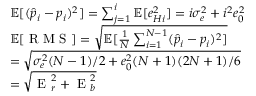
\begin{array} { r l } & { \mathbb { E } [ ( \hat { p } _ { i } - p _ { i } ) ^ { 2 } ] = \sum _ { j = 1 } ^ { i } \mathbb { E } [ e _ { H i } ^ { 2 } ] = i \sigma _ { e } ^ { 2 } + i ^ { 2 } e _ { 0 } ^ { 2 } } \\ & { \mathbb { E } [ \textrm { R M S } ] = \sqrt { \mathbb { E } [ \frac { 1 } { N } \sum _ { i = 1 } ^ { N - 1 } ( \hat { p } _ { i } - p _ { i } ) ^ { 2 } ] } } \\ & { = \sqrt { \sigma _ { e } ^ { 2 } ( N - 1 ) / 2 + e _ { 0 } ^ { 2 } ( N + 1 ) ( 2 N + 1 ) / 6 } } \\ & { = \sqrt { \textrm { E } _ { r } ^ { 2 } + \textrm { E } _ { b } ^ { 2 } } } \end{array}